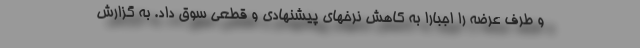
و طرف عرضه را اجبارا به کاهش نرخهای پیشنهادی و قطعی سوق داد. به گزارش